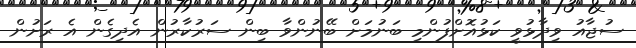
ސުޖާއު ވިދާޅުވީ ކަޅުއޮށްފުންމި ބަނުމަށް ބޭނުންވާ ބިން ސަރުކާރުން އެދިގެން އެ ރަށުން